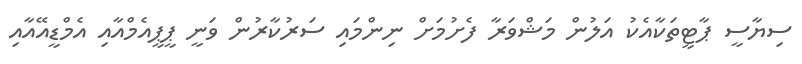
ސިޔާސީ ޕާޓީތަކާއެކު އަލުން މަޝްވަރާ ފެށުމަށް ނިންމައި ސަރުކާރުން ވަނީ ޕީޕީއެމްއާއި އެމްޑީއޭއާއި